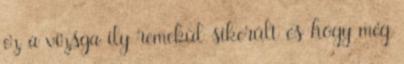
ez a vizsga ily remekül sikerült és hogy még